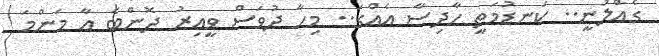
ގެއްލުނީ.. ކަނޑުމަތީ ހާދިސާ އެއްގަ.. މިހާ ދުވަސް ވީއިރު ދޮންބެ އާ މަންމަ